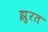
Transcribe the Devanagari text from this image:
झुरत